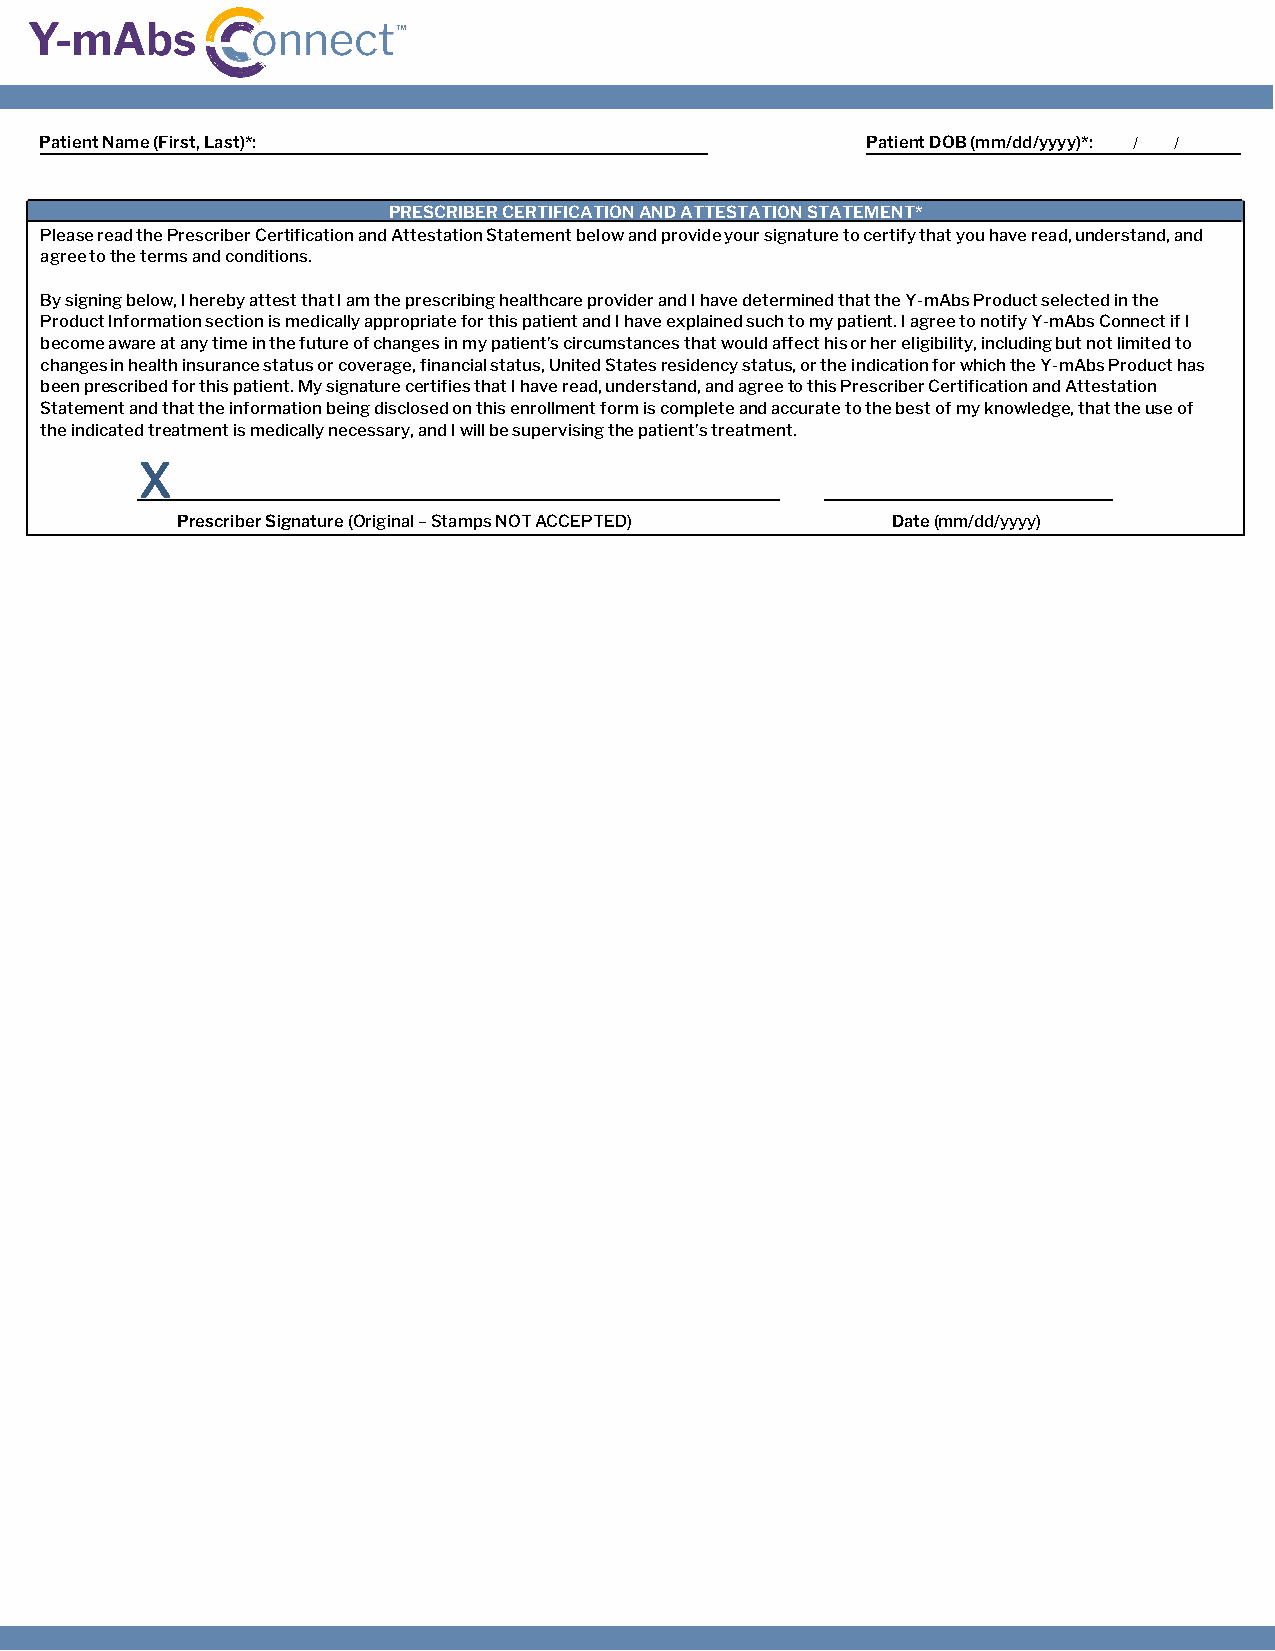
Patient Name (First, Last)*:                          Patient DOB (mm/dd/yyyy)*: / /
 PRESCRIBER CERTIFICATION AND ATTESTATION STATEMENT*
 Please read the Prescriber Certification and Attestation Statement below and provide your signature to certify that you have read, understand, and
 agree to the terms and conditions.
 By signing below, I hereby attest that I am the prescribing healthcare provider and I have determined that the Y-mAbs Product selected in the
 Product Information section is medically appropriate for this patient and I have explained such to my patient. I agree to notify Y-mAbs Connect if I
 become aware at any time in the future of changes in my patient’s circumstances that would affect his or her eligibility, including but not limited to
 changes in health insurance status or coverage, financial status, United States residency status, or the indication for which the Y-mAbs Product has
 been prescribed for this patient. My signature certifies that I have read, understand, and agree to this Prescriber Certification and Attestation
 Statement and that the information being disclosed on this enrollment form is complete and accurate to the best of my knowledge, that the use of
 the indicated treatment is medically necessary, and I will be supervising the patient’s treatment.
 X
 Prescriber Signature (Original – Stamps NOT ACCEPTED) Date (mm/dd/yyyy)